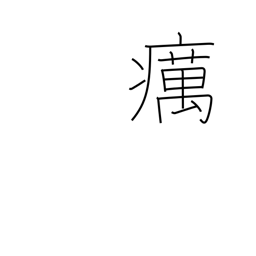
Meaning: leprosy